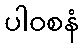
ပါဝစနံ